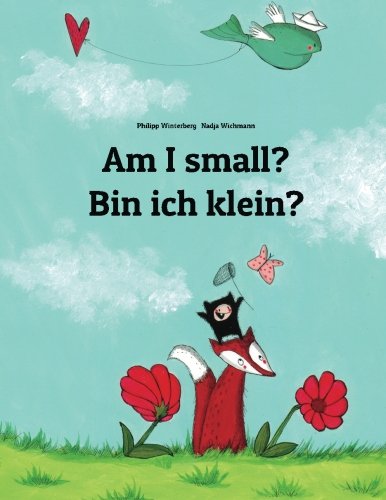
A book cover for Am I small? Bin ich klein?: Children's Picture Book English-German (Bilingual Edition) (German Edition); Philipp Winterberg; Reference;